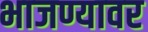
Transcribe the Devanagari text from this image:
भाजण्यावर